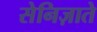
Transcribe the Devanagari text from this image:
सेनिज़ाते